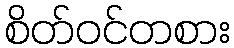
စိတ်ဝင်တစား